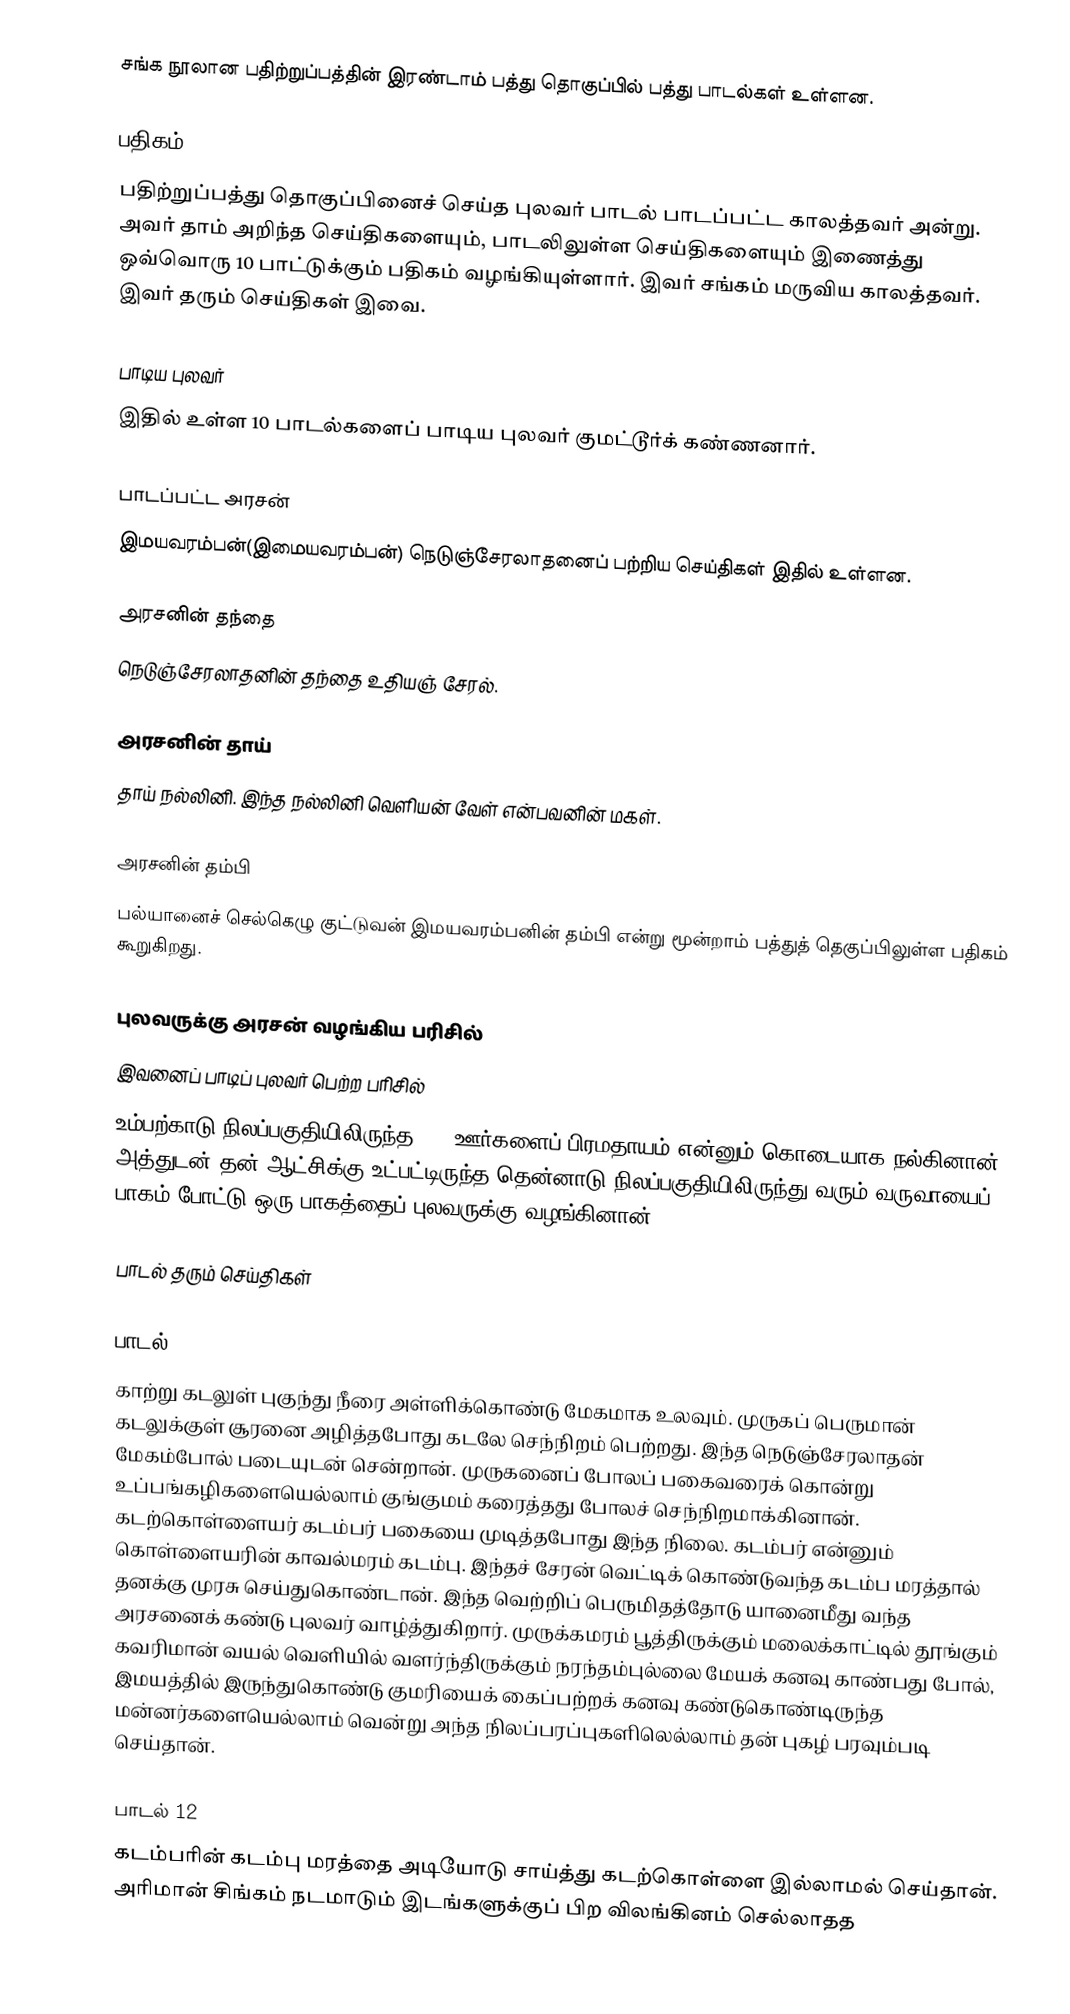
சங்க நூலான பதிற்றுப்பத்தின் இரண்டாம் பத்து தொகுப்பில் பத்து பாடல்கள் உள்ளன.

பதிகம்
பதிற்றுப்பத்து தொகுப்பினைச் செய்த புலவர் பாடல் பாடப்பட்ட காலத்தவர் அன்று. அவர் தாம் அறிந்த செய்திகளையும், பாடலிலுள்ள செய்திகளையும் இணைத்து ஒவ்வொரு 10 பாட்டுக்கும் பதிகம் வழங்கியுள்ளார். இவர் சங்கம் மருவிய காலத்தவர். இவர் தரும் செய்திகள் இவை.

பாடிய புலவர்
இதில் உள்ள 10 பாடல்களைப் பாடிய புலவர் குமட்டூர்க் கண்ணனார்.

பாடப்பட்ட அரசன்
இமயவரம்பன்(இமையவரம்பன்) நெடுஞ்சேரலாதனைப் பற்றிய செய்திகள் இதில் உள்ளன.

அரசனின் தந்தை
நெடுஞ்சேரலாதனின் தந்தை உதியஞ் சேரல்.

அரசனின் தாய்
தாய் நல்லினி. இந்த நல்லினி வெளியன் வேள் என்பவனின் மகள்.

அரசனின் தம்பி
பல்யானைச் செல்கெழு குட்டுவன் இமயவரம்பனின் தம்பி என்று மூன்றாம் பத்துத் தெகுப்பிலுள்ள பதிகம் கூறுகிறது.

புலவருக்கு அரசன் வழங்கிய பரிசில்
இவனைப் பாடிப் புலவர் பெற்ற பரிசில்
உம்பற்காடு நிலப்பகுதியிலிருந்த 500 ஊர்களைப் பிரமதாயம் என்னும் கொடையாக நல்கினான். அத்துடன் தன் ஆட்சிக்கு உட்பட்டிருந்த தென்னாடு நிலப்பகுதியிலிருந்து வரும் வருவாயைப் பாகம் போட்டு ஒரு பாகத்தைப் புலவருக்கு வழங்கினான்.

பாடல் தரும் செய்திகள்

பாடல் 11
காற்று கடலுள் புகுந்து நீரை அள்ளிக்கொண்டு மேகமாக உலவும்.  முருகப் பெருமான் கடலுக்குள் சூரனை அழித்தபோது கடலே செந்நிறம் பெற்றது. இந்த நெடுஞ்சேரலாதன் மேகம்போல் படையுடன் சென்றான். முருகனைப் போலப் பகைவரைக் கொன்று உப்பங்கழிகளையெல்லாம் குங்குமம் கரைத்தது போலச் செந்நிறமாக்கினான். கடற்கொள்ளையர் கடம்பர் பகையை முடித்தபோது இந்த நிலை. கடம்பர் என்னும் கொள்ளையரின் காவல்மரம் கடம்பு. இந்தச் சேரன் வெட்டிக் கொண்டுவந்த கடம்ப மரத்தால் தனக்கு முரசு செய்துகொண்டான். இந்த வெற்றிப் பெருமிதத்தோடு யானைமீது வந்த அரசனைக் கண்டு புலவர் வாழ்த்துகிறார். முருக்கமரம் பூத்திருக்கும் மலைக்காட்டில் தூங்கும் கவரிமான் வயல் வெளியில் வளர்ந்திருக்கும் நரந்தம்புல்லை மேயக் கனவு காண்பது போல், இமயத்தில் இருந்துகொண்டு குமரியைக் கைப்பற்றக் கனவு கண்டுகொண்டிருந்த மன்னர்களையெல்லாம் வென்று அந்த நிலப்பரப்புகளிலெல்லாம் தன் புகழ் பரவும்படி செய்தான்.

பாடல் 12
கடம்பரின் கடம்பு மரத்தை அடியோடு சாய்த்து கடற்கொள்ளை இல்லாமல் செய்தான். அரிமான் சிங்கம் நடமாடும் இடங்களுக்குப் பிற விலங்கினம் செல்லாதத